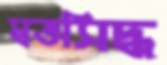
স্বতসিদ্ধ